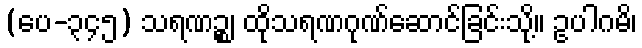
(ပေ-၃၄၅) သရဏဉ္စ၊ ထိုသရဏဂုဏ်ဆောင်ခြင်းသို့။ ဥပါဂမိ၊